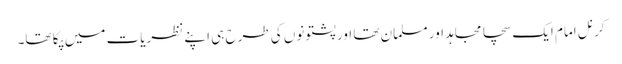
کرنل امام ایک سچا مجاہد اور مسلمان تھا اور پشتونوں کی طرح ہی اپنے نظریات میں پکا تھا۔